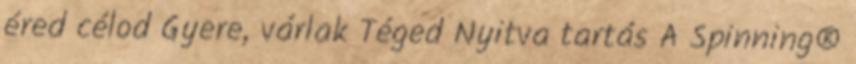
éred célod Gyere, várlak Téged Nyitva tartás A Spinning®